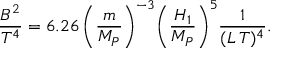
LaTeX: \frac { B ^ { 2 } } { T ^ { 4 } } = 6 . 2 6 \, \biggl ( \frac { m } { M _ { P } } \biggr ) ^ { - 3 } \biggl ( \frac { H _ { 1 } } { M _ { P } } \biggr ) ^ { 5 } \frac { 1 } { ( L \, T ) ^ { 4 } } .